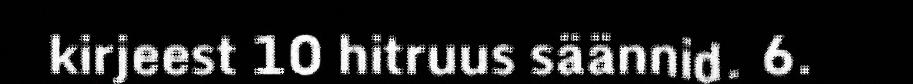
kirjeest 10 hitruus säännid. 6.